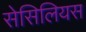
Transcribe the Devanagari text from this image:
सेसिलियस